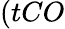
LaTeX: (tCO